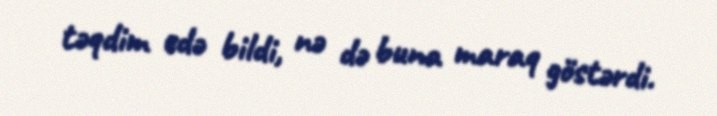
təqdim edə bildi, nə də buna maraq göstərdi.